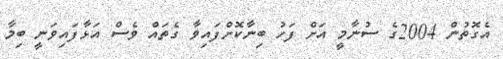
އެގޮތުން 2004ގެ ސުނާމީ އަށް ފަހު ބިނާކޮށްފައިވާ ގެތައް ވެސް އަޅާފައިވަނީ ބިމާ